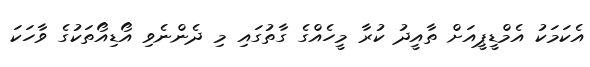
އެކަމަކު އެމްޑީޕީއަށް ތާއީދު ކުރާ މީހެއްގެ ގާތުގައި މި ދެންނެވި އޯޑިއޯތަކުގެ ވާހަކަ